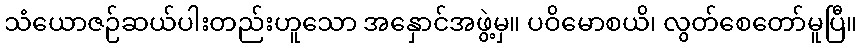
သံယောဇဉ်ဆယ်ပါးတည်းဟူသော အနှောင်အဖွဲ့မှ။ ပဝိမောစယိ၊ လွတ်စေတော်မူပြီ။